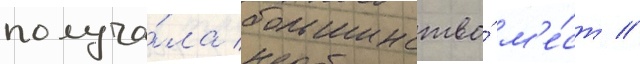
получа́ла большинство́ м'е́ст //